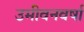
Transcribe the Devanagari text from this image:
उमीवनवर्षा